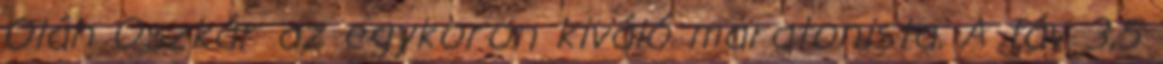
Oláh Oszkár az egykoron kiváló maratonista. A táv 3,5